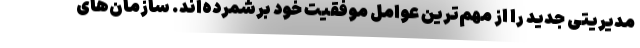
مدیریتی جدید را از مهم‌ترین عوامل موفقیت خود برشمرده‌اند. سازمان‌های